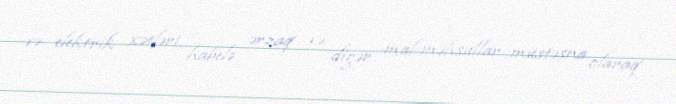
və elektrik xətləri, habelə ərzaq və digər mal-məhsullar müstəsna olaraq